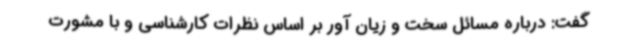
گفت: درباره مسائل سخت و زیان آور بر اساس نظرات کارشناسی و با مشورت